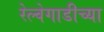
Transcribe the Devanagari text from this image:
रेल्वेगाडीच्या